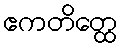
ဧကတိတ္ထေ